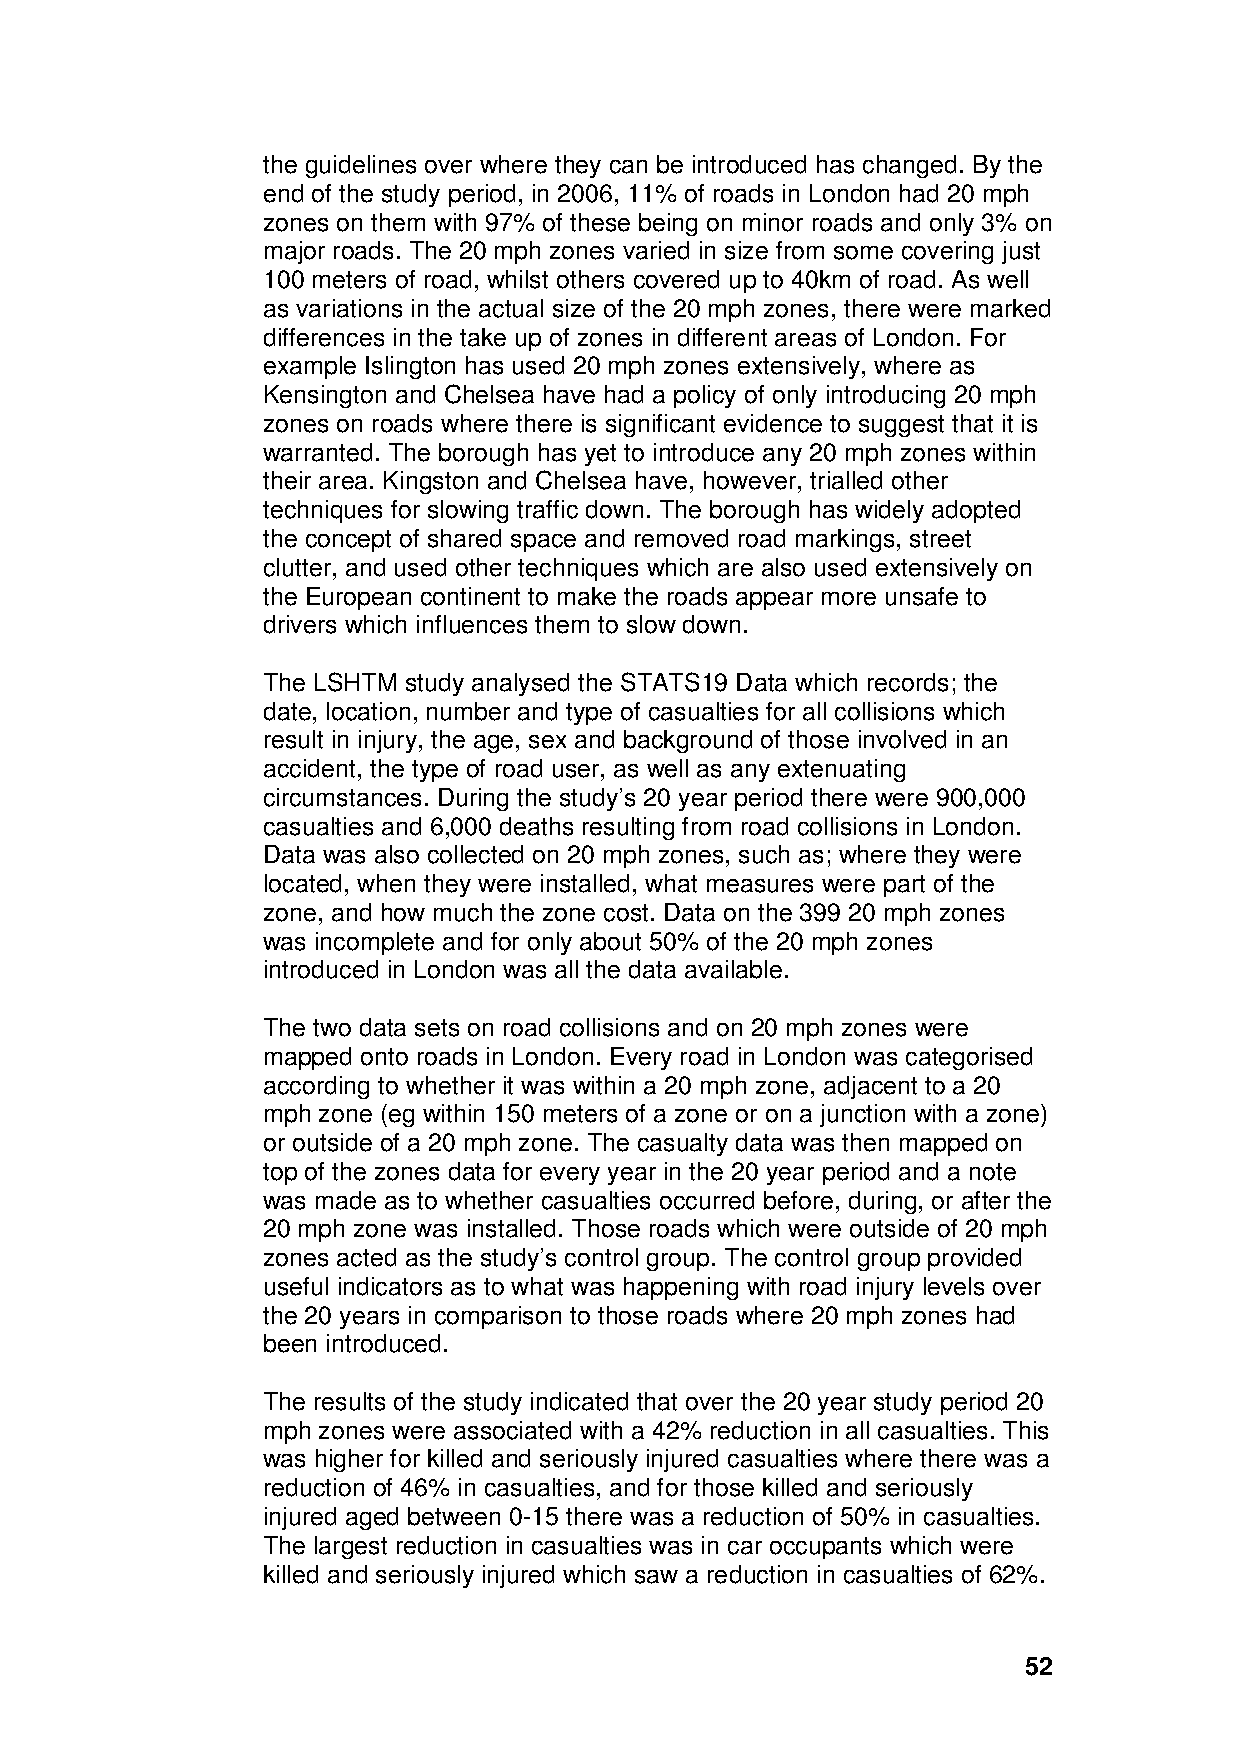
the guidelines over where they can be introduced has changed. By the
 end of the study period, in 2006, 11% of roads in London had 20 mph
 zones on them with 97% of these being on minor roads and only 3% on
 major roads. The 20 mph zones varied in size from some covering just
 100 meters of road, whilst others covered up to 40km of road. As well
 as variations in the actual size of the 20 mph zones, there were marked
 differences in the take up of zones in different areas of London. For
 example Islington has used 20 mph zones extensively, where as
 Kensington and Chelsea have had a policy of only introducing 20 mph
 zones on roads where there is significant evidence to suggest that it is
 warranted. The borough has yet to introduce any 20 mph zones within
 their area. Kingston and Chelsea have, however, trialled other
 techniques for slowing traffic down. The borough has widely adopted
 the concept of shared space and removed road markings, street
 clutter, and used other techniques which are also used extensively on
 the European continent to make the roads appear more unsafe to
 drivers which influences them to slow down.
 The LSHTM study analysed the STATS19 Data which records; the
 date, location, number and type of casualties for all collisions which
 result in injury, the age, sex and background of those involved in an
 accident, the type of road user, as well as any extenuating
 circumstances. During the study’s 20 year period there were 900,000
 casualties and 6,000 deaths resulting from road collisions in London.
 Data was also collected on 20 mph zones, such as; where they were
 located, when they were installed, what measures were part of the
 zone, and how much the zone cost. Data on the 399 20 mph zones
 was incomplete and for only about 50% of the 20 mph zones
 introduced in London was all the data available.
 The two data sets on road collisions and on 20 mph zones were
 mapped onto roads in London. Every road in London was categorised
 according to whether it was within a 20 mph zone, adjacent to a 20
 mph zone (eg within 150 meters of a zone or on a junction with a zone)
 or outside of a 20 mph zone. The casualty data was then mapped on
 top of the zones data for every year in the 20 year period and a note
 was made as to whether casualties occurred before, during, or after the
 20 mph zone was installed. Those roads which were outside of 20 mph
 zones acted as the study’s control group. The control group provided
 useful indicators as to what was happening with road injury levels over
 the 20 years in comparison to those roads where 20 mph zones had
 been introduced.
 The results of the study indicated that over the 20 year study period 20
 mph zones were associated with a 42% reduction in all casualties. This
 was higher for killed and seriously injured casualties where there was a
 reduction of 46% in casualties, and for those killed and seriously
 injured aged between 0-15 there was a reduction of 50% in casualties.
 The largest reduction in casualties was in car occupants which were
 killed and seriously injured which saw a reduction in casualties of 62%.
 52